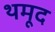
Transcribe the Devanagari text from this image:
थमूद